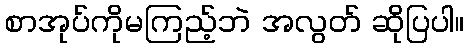
စာအုပ်ကိုမကြည့်ဘဲ အလွတ် ဆိုပြပါ။